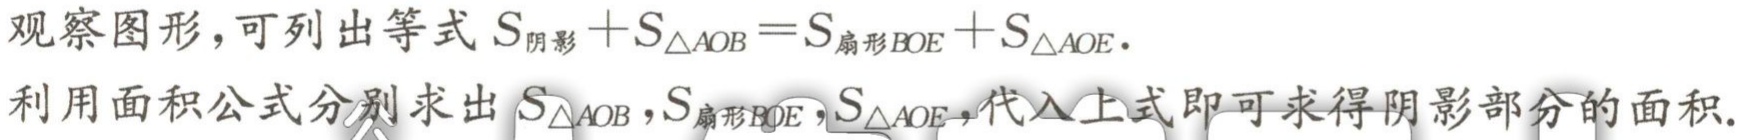
观察图形，可列出等式\(S_{阴影}+S_{\triangle AOB}=S_{扇形BOE}+S_{\triangle AOE}\)。
利用面积公式分别求出\(S_{\triangle AOB},S_{扇形BOE},S_{\triangle AOE}\)，代入上式即可求得阴影部分的面积。